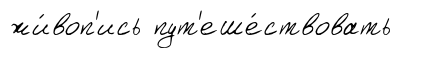
жи́воп'ись пут'еше́ствовать